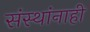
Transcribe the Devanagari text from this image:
संस्थांनाही